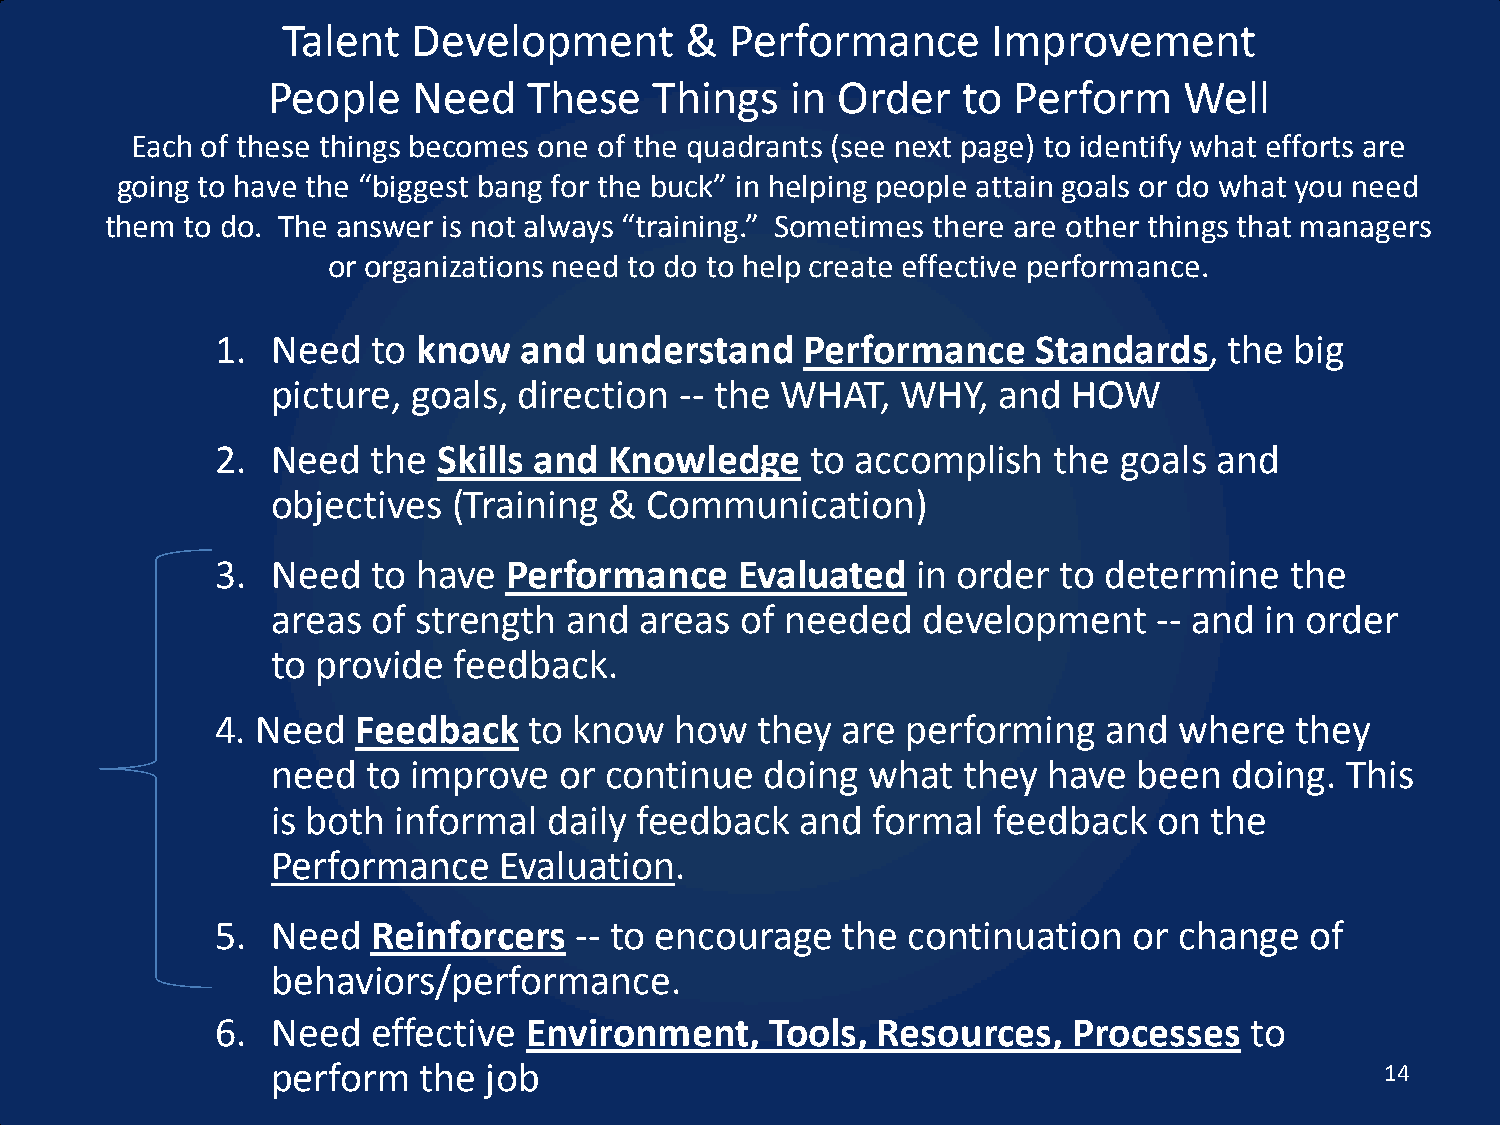
Talent  Development       &  Performance       Improvement
 People   Need    These   Things   in Order    to Perform    Well
 Each of these things becomes one of the quadrants (see next page) to identify what efforts are
 going to have the “biggest bang for the buck” in helping people attain goals or do what you need
 them to do. The answer is not always “training.” Sometimes there are other things that managers
 or organizations need to do to help create effective performance.
 1.  Need   to know  and  understand    Performance     Standards,  the  big
 picture, goals, direction  -- the WHAT,   WHY,  and  HOW
 2.  Need   the Skills and Knowledge     to accomplish   the goals  and
 objectives  (Training &  Communication)
 3.  Need   to have Performance     Evaluated   in order to determine   the
 areas  of strength  and areas  of needed   development     -- and in order
 to provide  feedback.
 4. Need   Feedback   to know   how  they  are performing   and  where   they
 need  to improve   or continue   doing what   they have  been   doing. This
 is both informal  daily feedback   and  formal  feedback   on the
 Performance    Evaluation.
 5.  Need   Reinforcers  -- to encourage   the continuation   or change   of
 behaviors/performance.
 6.  Need   effective Environment,    Tools, Resources,   Processes   to
 perform   the job                                                         14